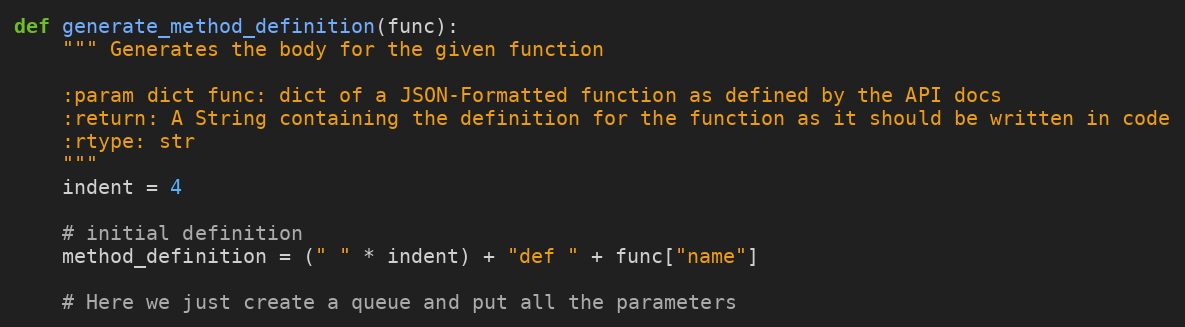
Language: Python
def generate_method_definition(func):
    """ Generates the body for the given function

    :param dict func: dict of a JSON-Formatted function as defined by the API docs
    :return: A String containing the definition for the function as it should be written in code
    :rtype: str
    """
    indent = 4

    # initial definition
    method_definition = (" " * indent) + "def " + func["name"]

    # Here we just create a queue and put all the parameters